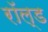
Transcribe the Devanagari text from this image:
रॉल्‍ड